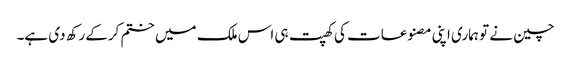
چین نے تو ہماری اپنی مصنوعات کی کھپت ہی اس ملک میں ختم کرکے رکھ دی ہے۔